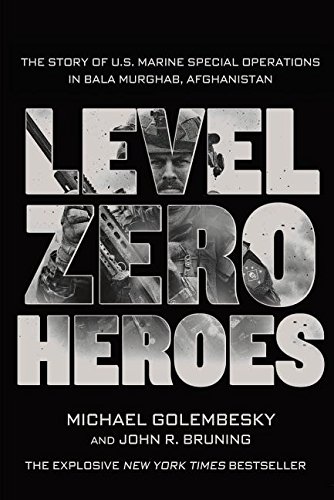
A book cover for Level Zero Heroes: The Story of U.S. Marine Special Operations in Bala Murghab, Afghanistan; Michael Golembesky; Biographies & Memoirs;